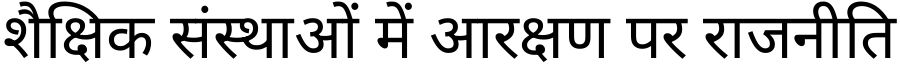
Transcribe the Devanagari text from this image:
शैक्षिक संस्थाओं में आरक्षण पर राजनीति